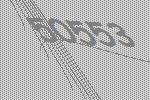
50553